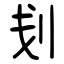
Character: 刬